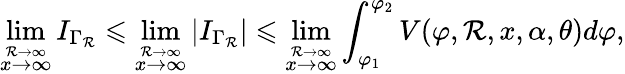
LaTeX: \operatorname*{lim}_{\stackrel{\mathcal{R}\to\infty}{x\to\infty}}I_{\Gamma_{\mathcal{R}}}\leqslant\operatorname*{lim}_{\stackrel{\mathcal{R}\to\infty}{x\to\infty}}|I_{\Gamma_{\mathcal{R}}}|\leqslant\operatorname*{lim}_{\stackrel{\mathcal{R}\to\infty}{x\to\infty}}\int_{\varphi_{1}}^{\varphi_{2}}V(\varphi,\mathcal{R},x,\alpha,\theta)d\varphi,